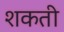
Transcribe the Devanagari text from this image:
शकती